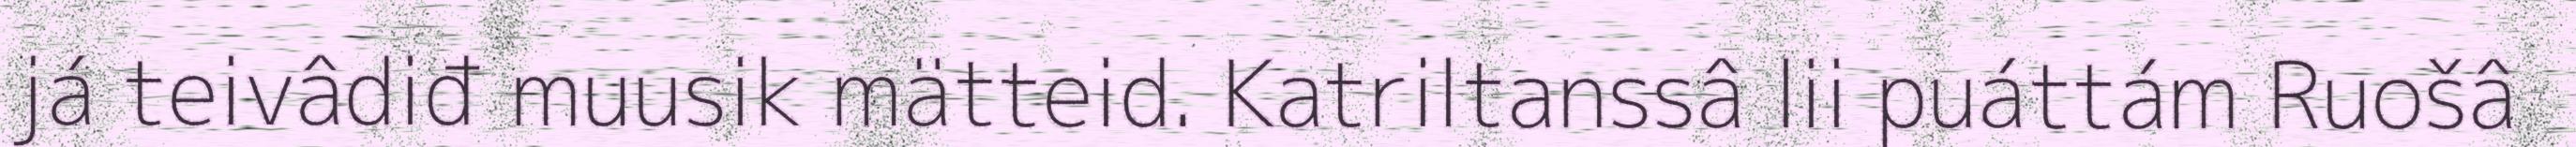
já teivâdiđ muusik mätteid. Katriltanssâ lii puáttám Ruošâ